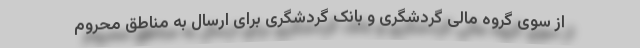
از سوی گروه مالی گردشگری و بانک گردشگری برای ارسال به مناطق محروم